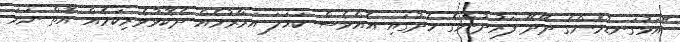
"އަޅުގަނޑުމެންގެ ދޭދޭ ފަރުދުންގެ މެދުގައި އެއްވެސް ކަހަލަ އަރާރުމެއް ދެކޮޅުވެރިކަމެއް އޮތް ނަމަ